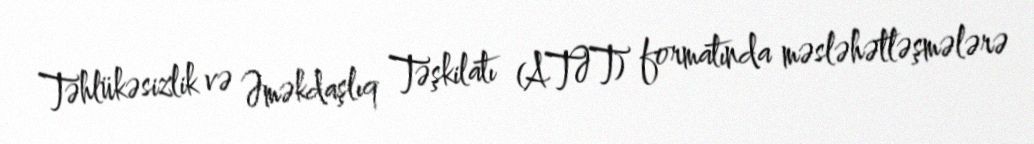
Təhlükəsizlik və Əməkdaşlıq Təşkilatı (ATƏT) formatında məsləhətləşmələrə